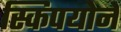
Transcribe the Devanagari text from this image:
स्किपयोने